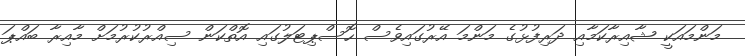
މަންމައަކީ ޝާއިރާކަމާއި ދަރިފުޅުގެ މަންމަ އޭރުގައިވެސް ހޮސްޕިޓަލުގައި އޮތްކަން ސިއްރުކުރުމަށް މާއިރާ ބައްޕަ